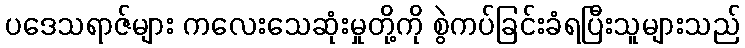
ပဒေသရာဇ်များ ကလေးသေဆုံးမှုတို့ကို စွဲကပ်ခြင်းခံရပြီးသူများသည်